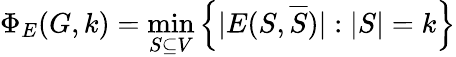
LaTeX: \Phi_{E}(G,k)=\operatorname*{min}_{S\subseteq V}\left\{ |E(S,{\overline{{S}}})|:|S|=k\right\}